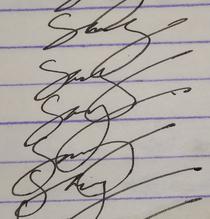
Signature authenticity: genuine